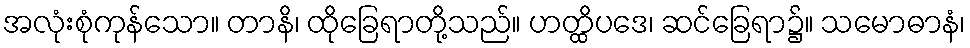
အလုံးစုံကုန်သော။ တာနိ၊ ထိုခြေရာတို့သည်။ ဟတ္ထိပဒေ၊ ဆင်ခြေရာ၌။ သမောဓာနံ၊